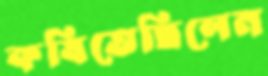
কষিতেছিলেন